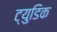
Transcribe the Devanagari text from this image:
ट्युडिक